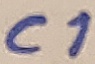
Text: C1